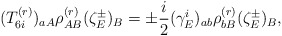
\begin{align*}(T^{(r)}_{6i})_{aA}\rho^{(r)}_{AB}(\zeta^\pm_E)_B =\pm\frac{i}{2}(\gamma_E^i)_{ab}\rho^{(r)}_{bB}(\zeta^\pm_E)_B,\end{align*}